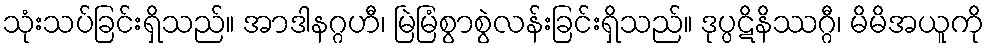
သုံးသပ်ခြင်းရှိသည်။ အာဒါနဂ္ဂဟီ၊ မြဲမြံစွာစွဲလန်းခြင်းရှိသည်။ ဒုပ္ပဋိနိဿဂ္ဂီ၊ မိမိအယူကို